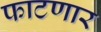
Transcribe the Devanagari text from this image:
फाटणार